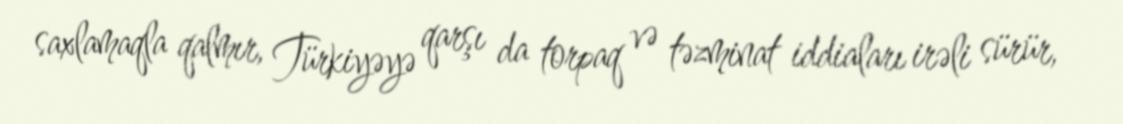
saxlamaqla qalmır, Türkiyəyə qarşı da torpaq və təzminat iddiaları irəli sürür,